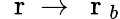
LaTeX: \mathrm{~\mathbf~r~}\to\mathrm{~\mathbf~r~}_{b}